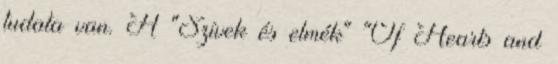
tudata van. A "Szívek és elmék" "Of Hearts and